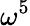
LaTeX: \omega^{5}